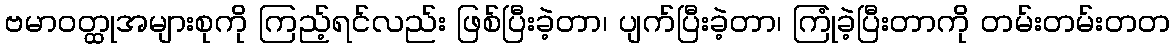
ဗမာဝတ္ထုအများစုကို ကြည့်ရင်လည်း ဖြစ်ပြီးခဲ့တာ၊ ပျက်ပြီးခဲ့တာ၊ ကြုံခဲ့ပြီးတာကို တမ်းတမ်းတတ